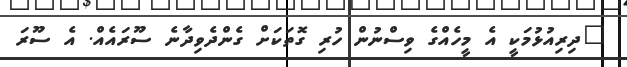
"ދިރިއުޅުމަކީ އެ މީހެއްގެ ވިސްނުން ހުރި ގޮތަކަށް ގެންދެވިދާނެ ސޫރައެއް. އެ ސޫރަ